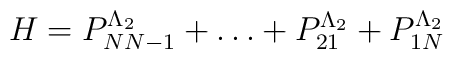
H=P^{\Lambda_2}_{NN-1}+\dots+P^{\Lambda_2}_{21}+P^{\Lambda_2}_{1N}